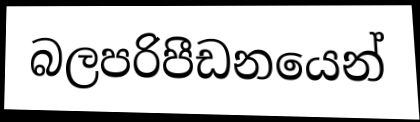
බලපරිපීඩනයෙන්